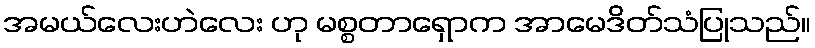
အမယ်လေးဟဲလေး ဟု မစ္စတာရှောက အာမေဒိတ်သံပြုသည်။